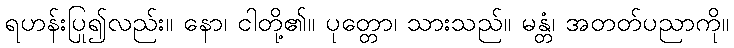
ရဟန်းပြု၍လည်း။ နော၊ ငါတို့၏။ ပုတ္တော၊ သားသည်။ မန္တံ၊ အတတ်ပညာကို။